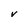
Character: V